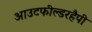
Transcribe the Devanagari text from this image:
आउटफील्डरहैपी